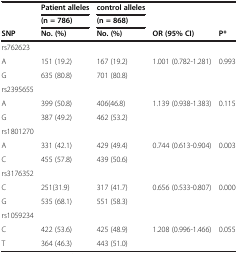
<table><thead><tr><td><b> </b></td><td><b>Patient alleles</b></td><td><b>control alleles</b></td><td><b> </b></td><td><b> </b></td></tr><tr><td><b> </b></td><td><b>(n = 786)</b></td><td><b>(n = 868)</b></td><td><b> </b></td><td><b> </b></td></tr><tr><td><b>SNP</b></td><td><b>No. (%)</b></td><td><b>No. (%)</b></td><td><b>OR (95% CI)</b></td><td><b>P*</b></td></tr></thead><tbody><tr><td>rs762623</td><td> </td><td> </td><td> </td><td> </td></tr><tr><td>A</td><td>151 (19.2)</td><td>167 (19.2)</td><td>1.001 (0.782-1.281)</td><td>0.993</td></tr><tr><td>G</td><td>635 (80.8)</td><td>701 (80.8)</td><td> </td><td> </td></tr><tr><td>rs2395655</td><td> </td><td> </td><td> </td><td> </td></tr><tr><td>A</td><td>399 (50.8)</td><td>406(46.8)</td><td>1.139 (0.938-1.383)</td><td>0.115</td></tr><tr><td>G</td><td>387 (49.2)</td><td>462 (53.2)</td><td> </td><td> </td></tr><tr><td>rs1801270</td><td> </td><td> </td><td> </td><td> </td></tr><tr><td>A</td><td>331 (42.1)</td><td>429 (49.4)</td><td>0.744 (0.613-0.904)</td><td>0.003</td></tr><tr><td>C</td><td>455 (57.8)</td><td>439 (50.6)</td><td> </td><td> </td></tr><tr><td>rs3176352</td><td> </td><td> </td><td> </td><td> </td></tr><tr><td>C</td><td>251(31.9)</td><td>317 (41.7)</td><td>0.656 (0.533-0.807)</td><td>0.000</td></tr><tr><td>G</td><td>535 (68.1)</td><td>551 (58.3)</td><td> </td><td> </td></tr><tr><td>rs1059234</td><td> </td><td> </td><td> </td><td> </td></tr><tr><td>C</td><td>422 (53.6)</td><td>425 (48.9)</td><td>1.208 (0.996-1.466)</td><td>0.055</td></tr><tr><td>T</td><td>364 (46.3)</td><td>443 (51.0)</td><td> </td><td> </td></tr></tbody></table>